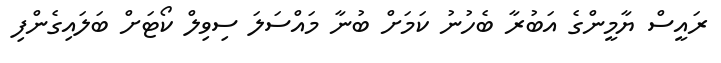
ރައީސް ޔާމީންގެ އަބުރާ ބެހުނު ކަމަށް ބުނާ މައްސަލަ ސިވިލް ކޯޓަށް ބަލައިގެންފި